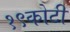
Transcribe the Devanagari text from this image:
१९कोटी